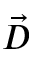
\vec { D }